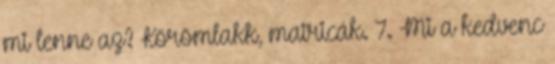
mi lenne az? Körömlakk, matricák. 7. Mi a kedvenc